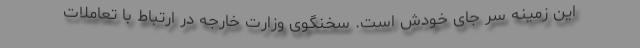
این زمینه سر جای خودش است. سخنگوی وزارت خارجه در ارتباط با تعاملات